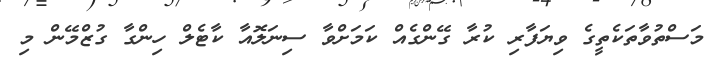
މަސްތުވާތަކެތީގެ ވިޔަފާރި ކުރާ ގޭންގެއް ކަމަށްވާ ސިނަލޮއާ ކާޓެލް ހިންގާ ގުޒްމޭން މި